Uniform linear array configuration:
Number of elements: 8
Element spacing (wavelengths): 0.5
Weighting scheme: binomial
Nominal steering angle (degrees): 0
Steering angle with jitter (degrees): -0.5093
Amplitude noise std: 0.05
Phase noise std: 0.05

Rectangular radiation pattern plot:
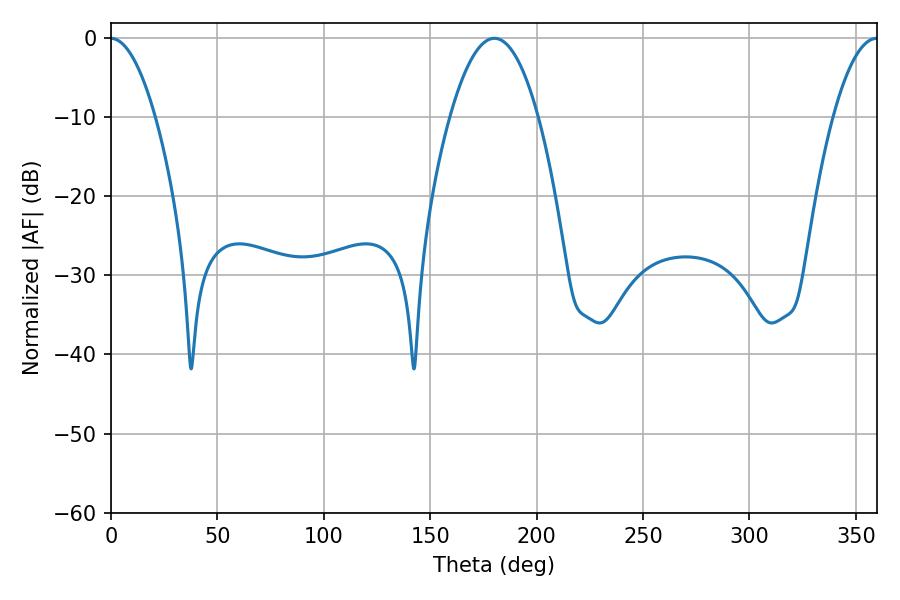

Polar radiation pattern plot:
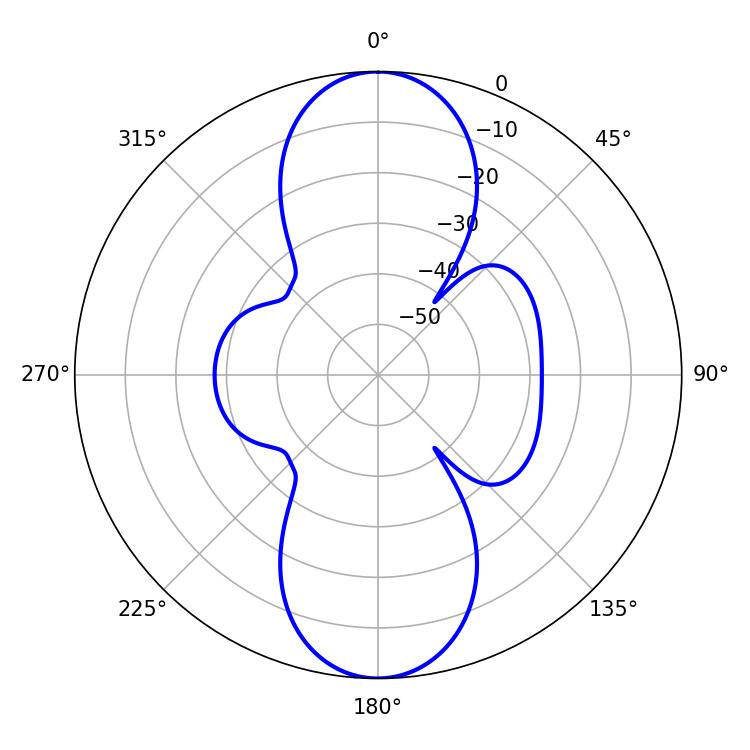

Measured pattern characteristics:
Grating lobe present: FALSE
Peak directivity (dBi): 33.833
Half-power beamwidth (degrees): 11.52
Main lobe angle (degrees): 359.82